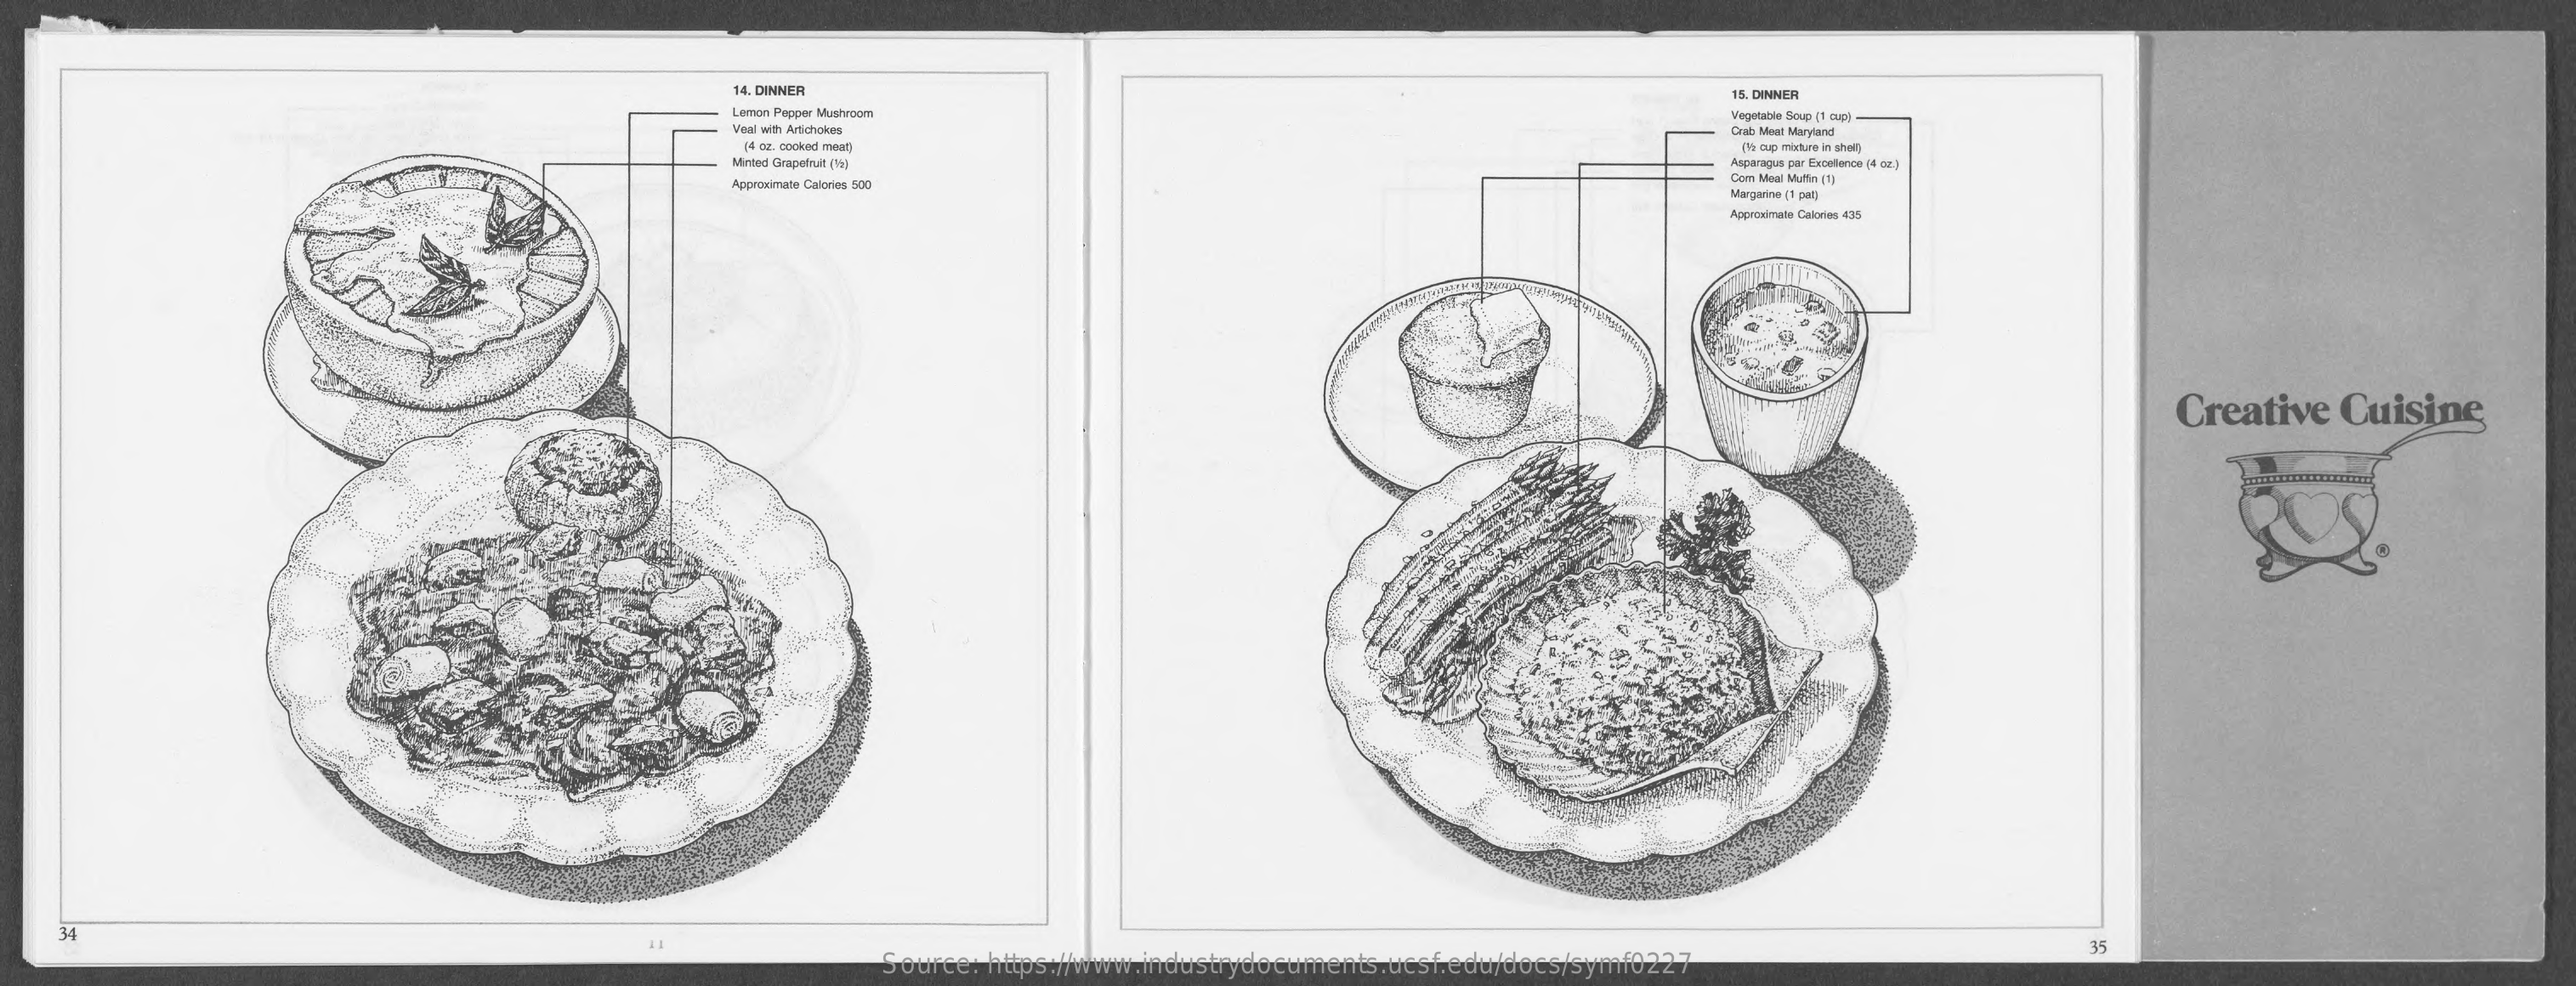
14. DINNER    15. DINNER
     Lemon Pepper Mushroom    Vegetable Soup [1 cup)
     Veal with Artichokes    Crab Meat Maryland
     (4 oz. cooked meat)    [H2 cup mixture in shell)
     Minted Grapefruit (12)    Asparagus par Excellence (4 oz.)
     Approximate Calories 500
     Com Meal Muffin (1)
     Margarine (1 pat)
     Approximate Calories 435
     Creative    Cuisine
     34
     35
     Source: https://www.industrydocuments.ucsf.edu/docs/symf0227